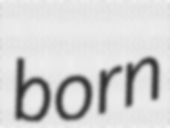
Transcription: born